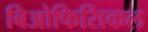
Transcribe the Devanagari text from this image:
बिओफिसिकल